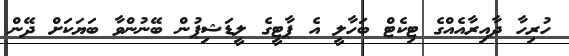
ހުރިހާ ދާއިރާއެއްގެ ޓިކެޓް ބަހާލީ އެ ޕާޓީގެ ލީޑަޝިޕުން ބޭނުންވާ ބަޔަކަށް ދޭން